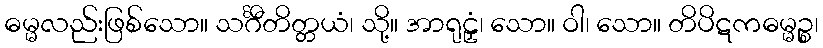
ဓမ္မလည်းဖြစ်သော။ သင်္ဂီတိတ္တယံ၊ သို့။ အာရုဠှံ၊ သော။ ဝါ၊ သော။ တိပိဋကဓမ္မဉ္စ၊